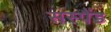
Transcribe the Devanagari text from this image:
सस्पैंड